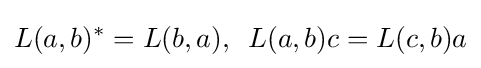
\displaystyle {L(a,b)^{*}=L(b,a)},\,\,\,L(a,b)c=L(c,b)a